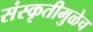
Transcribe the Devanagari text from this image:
संस्कृतीमुळेच